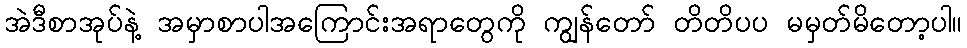
အဲဒီစာအုပ်နဲ့ အမှာစာပါအကြောင်းအရာတွေကို ကျွန်တော် တိတိပပ မမှတ်မိတော့ပါ။